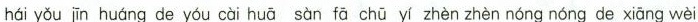
hái yǒu jīn huáng de yóu cài huā sàn fā chū yí zhèn zhèn nóng nóng de xiāng wèi